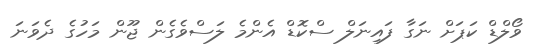
ވޯލްޑް ކަޕަށް ނަގާ ފައިނަލް ސްކޮޑް އެންމެ ލަސްވެގެން ޖޫން މަހުގެ ދެވަނަ